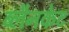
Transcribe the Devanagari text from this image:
ब्लैनकेट